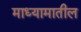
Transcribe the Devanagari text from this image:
माध्यामातील